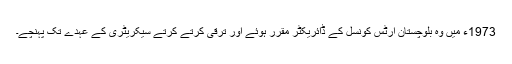
1973ء میں وہ بلوچستان آرٹس کونسل کے ڈائریکٹر مقرر ہوئے اور ترقی کرتے کرتے سیکریٹری کے عہدے تک پہنچے۔